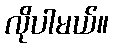
လိုပါမယ်။